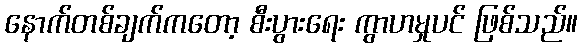
နောက်တစ်ချက်ကတော့ စီးပွားရေး ကွာဟမှုပင် ဖြစ်သည်။